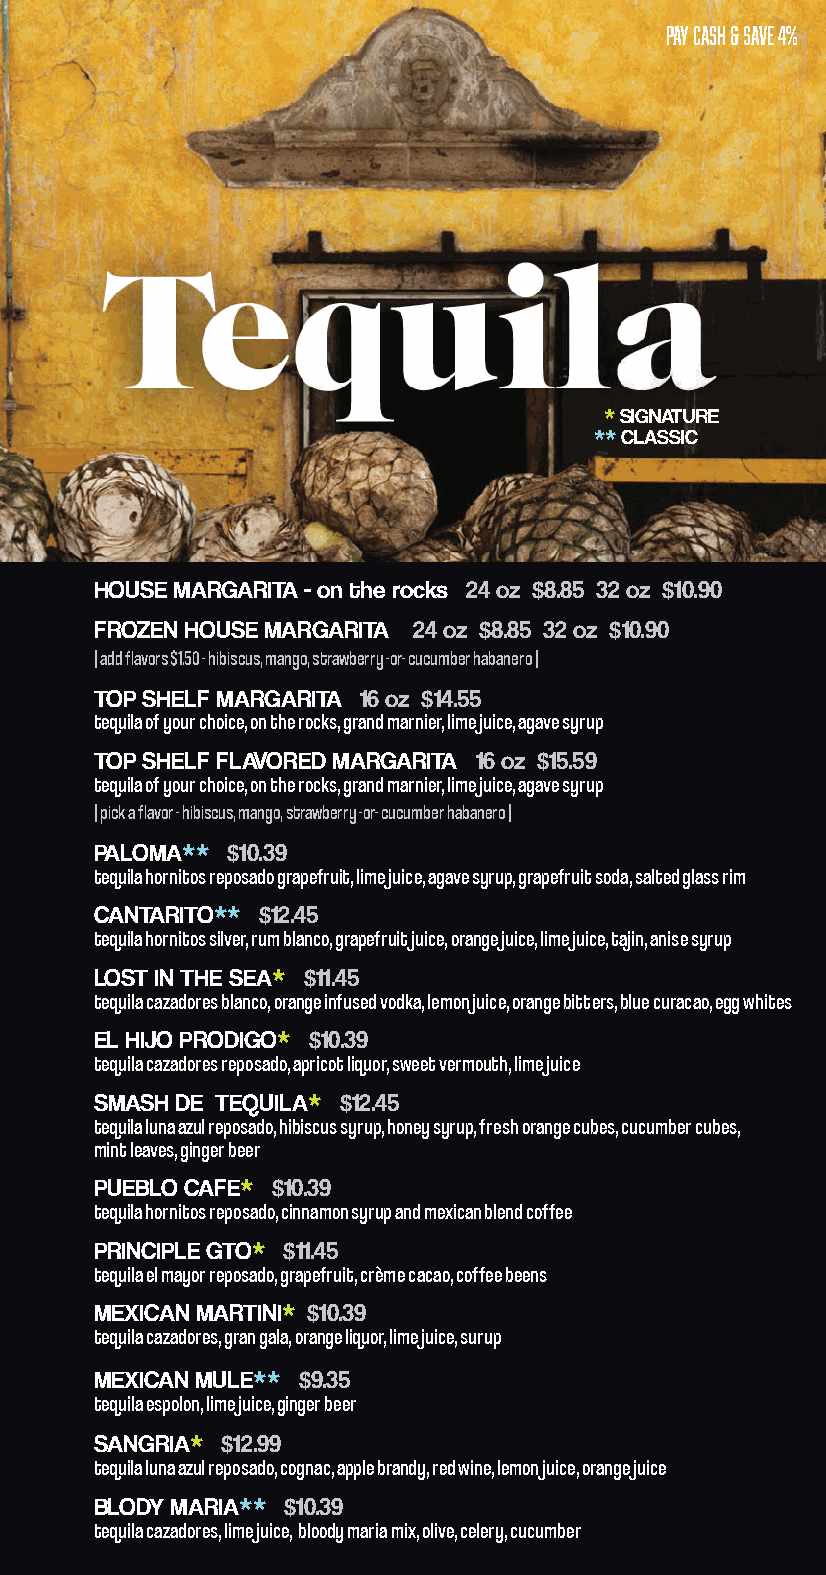
PAY CASH & SAVE 4%
 * SIGNATURE
 ** CLASSIC
 HOUSE MARGARITA - on the rocks 24 oz $8.85 32 oz $10.90
 FROZEN HOUSE MARGARITA 24 oz $8.85 32 oz $10.90
 | add flavors $1.50 - hibiscus, mango, strawberry -or- cucumber habanero |
 TOP SHELF MARGARITA 16 oz $14.55
 tequila of your choice, on the rocks, grand marnier, lime juice, agave syrup
 TOP SHELF FLAVORED MARGARITA 16 oz $15.59
 tequila of your choice, on the rocks, grand marnier, lime juice, agave syrup
 | pick a flavor - hibiscus, mango, strawberry -or- cucumber habanero |
 PALOMA** $10.39
 tequila hornitos reposado grapefruit, lime juice, agave syrup, grapefruit soda, salted glass rim
 CANTARITO** $12.45
 tequila hornitos silver, rum blanco, grapefruit juice, orange juice, lime juice, tajin, anise syrup
 LOST IN THE SEA* $11.45
 tequila cazadores blanco, orange infused vodka, lemon juice, orange bitters, blue curacao, egg whites
 EL HIJO PRODIGO* $10.39
 tequila cazadores reposado, apricot liquor, sweet vermouth, lime juice
 SMASH DE TEQUILA* $12.45
 tequila luna azul reposado, hibiscus syrup, honey syrup, fresh orange cubes, cucumber cubes,
 mint leaves, ginger beer
 PUEBLO CAFE* $10.39
 tequila hornitos reposado, cinnamon syrup and mexican blend coffee
 PRINCIPLE GTO* $11.45
 tequila el mayor reposado, grapefruit, crème cacao, coffee beens
 MEXICAN MARTINI* $10.39
 tequila cazadores, gran gala, orange liquor, lime juice, surup
 MEXICAN MULE** $9.35
 tequila espolon, lime juice, ginger beer
 SANGRIA* $12.99
 tequila luna azul reposado, cognac, apple brandy, red wine, lemon juice, orange juice
 BLODY MARIA** $10.39
 tequila cazadores, lime juice, bloody maria mix, olive, celery, cucumber